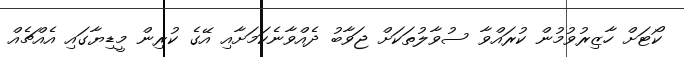
ކޯޓަށް ހާޒިރުވުމުން ކުރައްވާ ސުވާލުތަކަށް ޖަވާބު ދެއްވާނެކަމަށާއި އޭގެ ކުރިން މީޑިޔާގައި އެއްޗެއް